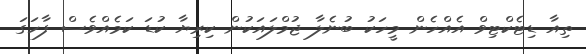
ތިއާ ޑިޓެކްޓިވް އެއްހެން މީހަކު ބުނެލާ ޖުމްލައަކުން ކިރިޔާ ކުޑަ ކަމެއްވެސް ފާހަގަ